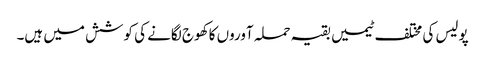
پولیس کی مختلف ٹیمیں بقیہ حملہ آوروں کا کھوج لگانے کی کوشش میں ہیں۔